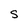
Character: S